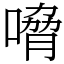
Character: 嗋